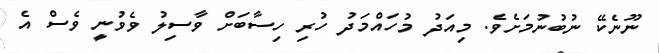
ނޫނެކޭ ނުބުނުމަށެވެ. މިއަދު މުހައްމަދު ހުރި ހިސާބަށް ވާސިލު ވެވުނީ ވެސް އެ